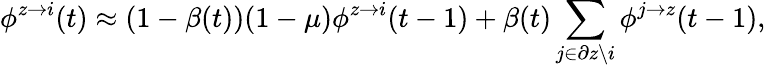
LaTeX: \phi^{z\rightarrow i}(t)\approx(1-\beta(t))(1-\mu)\phi^{z\rightarrow i}(t-1)+\beta(t)\sum_{j\in\partial z\backslash i}{\phi^{j\rightarrow z}(t-1)},